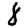
Digit: 8